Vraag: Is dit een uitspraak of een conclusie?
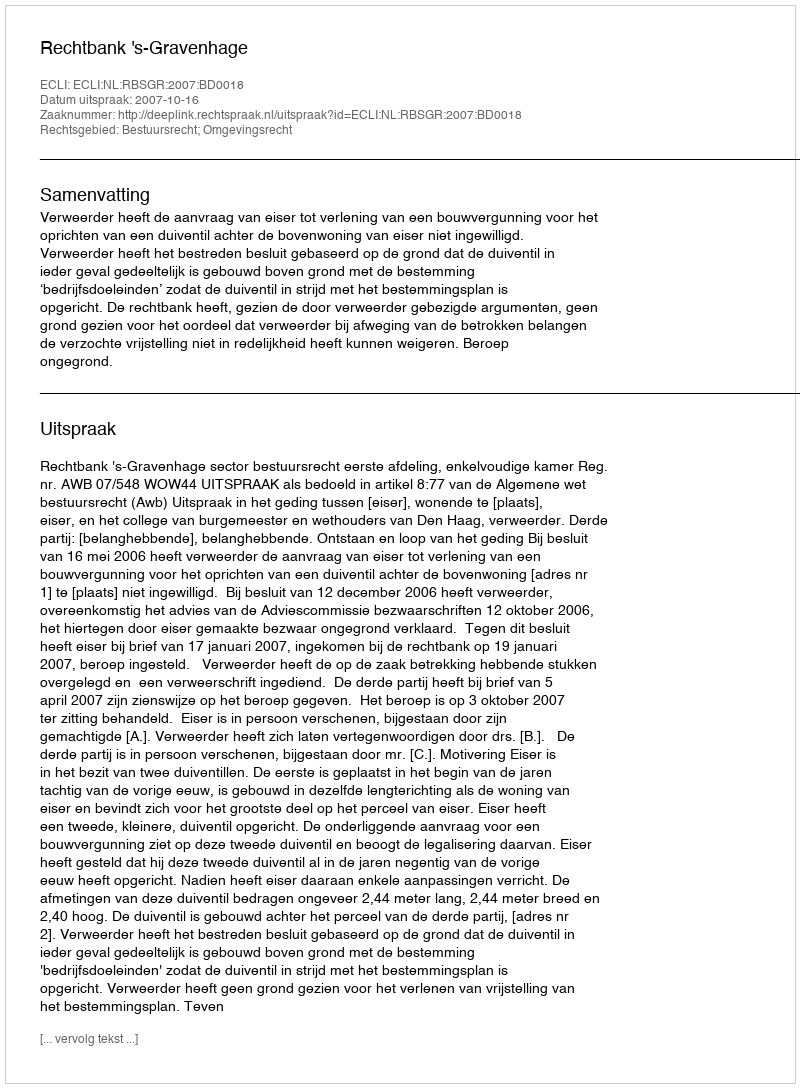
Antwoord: Uitspraak